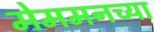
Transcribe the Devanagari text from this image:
मेममनच्या